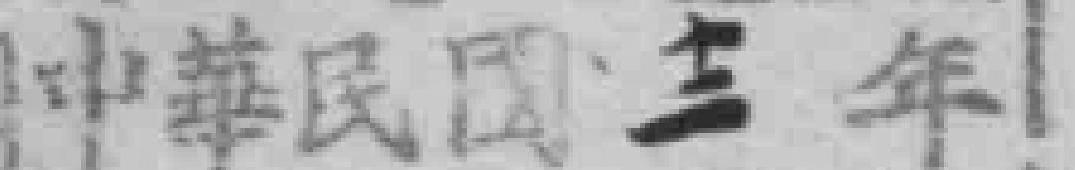
中華民国十二年